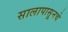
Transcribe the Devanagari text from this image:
सालापासूनचे